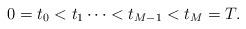
LaTeX: \begin{align*}0=t_{0}<t_{1}\cdots<t_{M-1}<t_{M}=T.\end{align*}